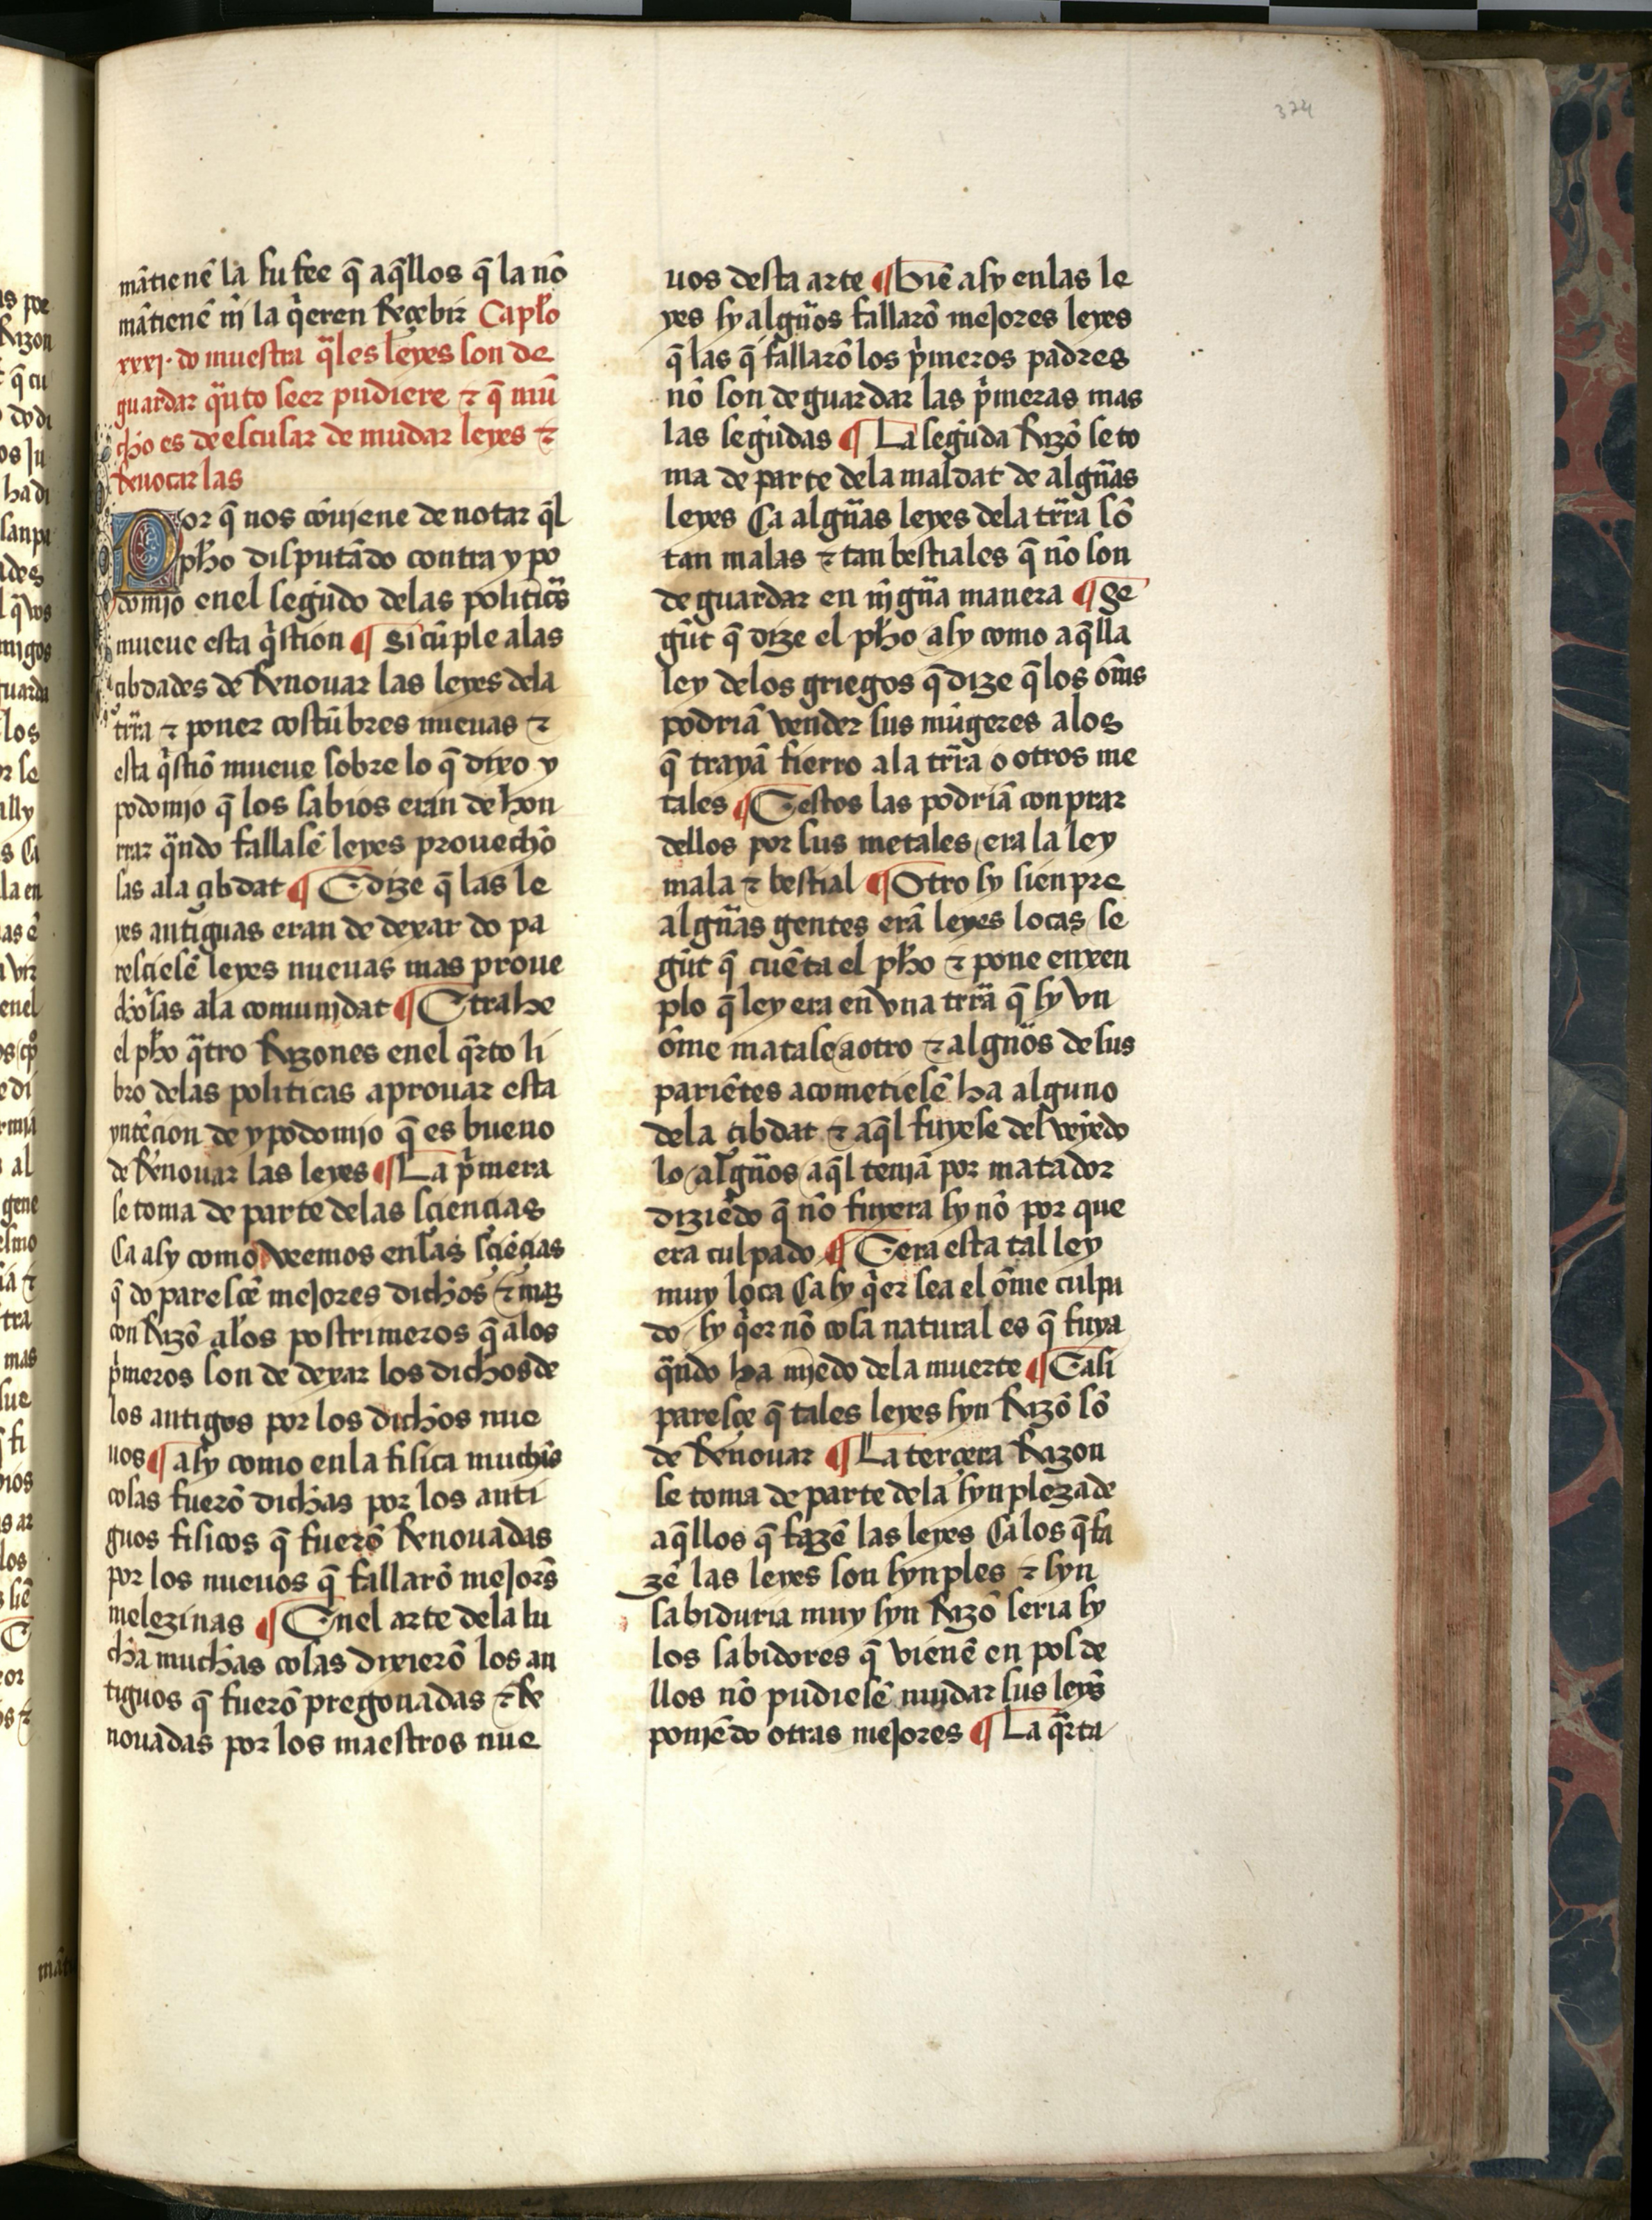
Shelfmark: Salamanca, Biblioteca Histórica USAL, 2709
Century: 15